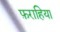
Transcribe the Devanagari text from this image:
फ़राहिया